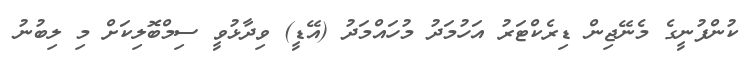
ކުންފުނީގެ މެނޭޖިން ޑިރެކްޓަރު އަހުމަދު މުހައްމަދު (އޭޑީ) ވިދާޅުވީ ސިމްބޮލިކަށް މި ލިބުނު